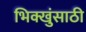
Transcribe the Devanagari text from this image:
भिक्खुंसाठी